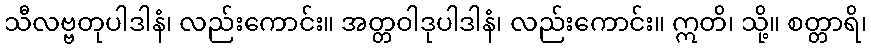
သီလဗ္ဗတုပါဒါနံ၊ လည်းကောင်း။ အတ္တဝါဒုပါဒါနံ၊ လည်းကောင်း။ ဣတိ၊ သို့။ စတ္တာရိ၊